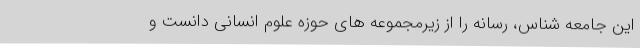
این جامعه شناس، رسانه را از زیرمجموعه های حوزه علوم انسانی دانست و